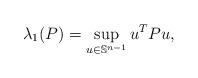
LaTeX: \begin{align*} \lambda_1(P)=\sup_{u \in \mathbb{S}^{n-1}}{u^TPu},\end{align*}